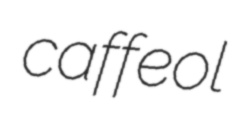
caffeol